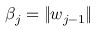
\beta _ { j } = \| w _ { j - 1 } \|